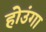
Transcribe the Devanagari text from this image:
होउंगा